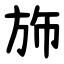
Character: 斾